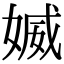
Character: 媙